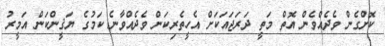
ކޮށްގެން ވެދެއްވެން އޮތް މަތީ ދަރަޖައަކަށް އެހީތެރިކަން ވެދެއްވާނެ ކަމުގެ ޔަޤީންކަން އަމީރު